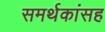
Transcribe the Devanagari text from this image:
समर्थकांसह